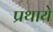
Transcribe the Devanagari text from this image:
प्रथाये